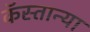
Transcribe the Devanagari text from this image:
कॅस्तान्या